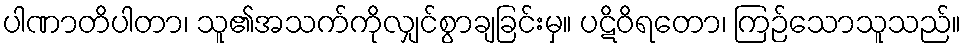
ပါဏာတိပါတာ၊ သူ၏အသက်ကိုလျှင်စွာချခြင်းမှ။ ပဋိဝိရတော၊ ကြဉ်သောသူသည်။